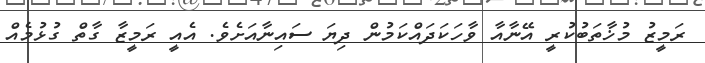
ރަމީޒު މުޚާތަބުކުރީ އޭނާއާ ވާހަކަދައްކަމުން ދިޔަ ސައިނާއަށެވެ. އެއީ ރަމީޒާ ގާތް ގުޅުމެއް